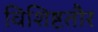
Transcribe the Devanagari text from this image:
विशिष्टतौर